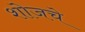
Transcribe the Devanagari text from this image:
शोजचे